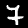
Label: 7